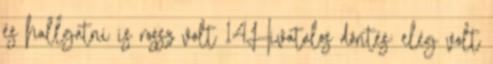
és hallgatni is rossz volt 14Hivatalos döntés: elég volt